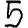
Digit: 5